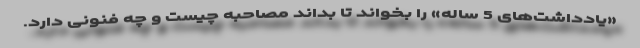
«یادداشت‌های 5 ساله» را بخواند تا بداند مصاحبه چیست و چه فنونی دارد.